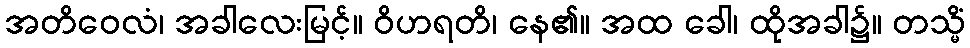
အတိဝေလံ၊ အခါလေးမြင့်။ ဝိဟရတိ၊ နေ၏။ အထ ခေါ၊ ထိုအခါ၌။ တသ္မိံ